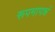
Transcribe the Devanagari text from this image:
रूपमापन्नं